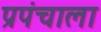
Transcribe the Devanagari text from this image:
प्रपंचाला